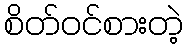
စိတ်ဝင်စားတဲ့